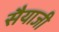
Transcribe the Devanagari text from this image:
सैयाजी